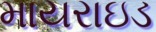
માયરાઇડ